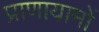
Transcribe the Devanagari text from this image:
प्राणायामों